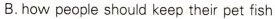
B.how people should keep their pet fish